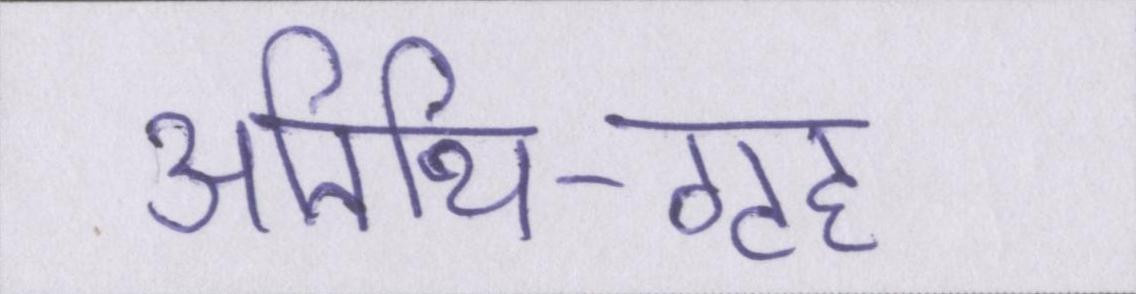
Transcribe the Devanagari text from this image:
अतिथि-गृह